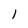
Character: 1